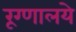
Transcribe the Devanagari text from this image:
रूग्णालये